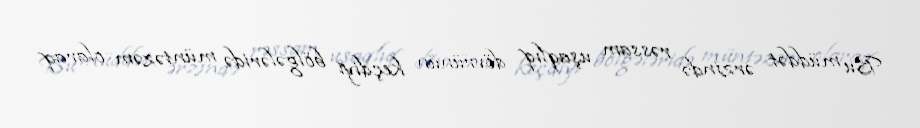
Bu müddət ərzində rəssam uşaqlıq dövrünün keçdiyi bölgələridə müntəzəm olaraq